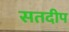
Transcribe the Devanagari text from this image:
सतदीप